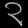
Digit: ၃